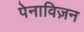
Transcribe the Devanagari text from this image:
पेनाविज़न